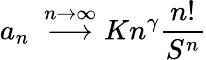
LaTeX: {a_{n}}~\stackrel{n\to\infty}{\longrightarrow}Kn^{\gamma}{\frac{n!}{S^{n}}}